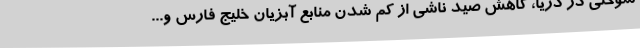
سوختی در دریا، کاهش صید ناشی از کم شدن منابع آبزیان خلیج فارس و...